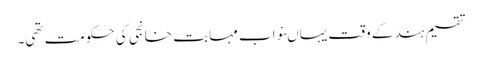
تقسیم ہند کے وقت یہاںنواب مہابت خانجی کی حکومت تھی۔